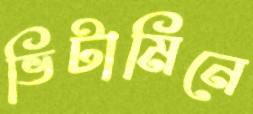
ভিটামিনে